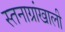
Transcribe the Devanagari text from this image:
स्तनाग्रांखाली